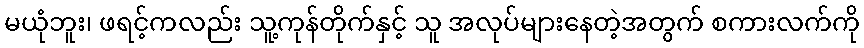
မယုံဘူး၊ ဖရင့်ကလည်း သူ့ကုန်တိုက်နှင့် သူ အလုပ်များနေတဲ့အတွက် စကားလက်ကို